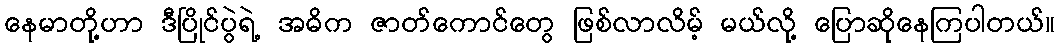
နေမာတို့ဟာ ဒီပြိုင်ပွဲရဲ့ အဓိက ဇာတ်ကောင်တွေ ဖြစ်လာလိမ့် မယ်လို့ ပြောဆိုနေကြပါတယ်။